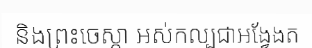
និងព្រះចេស្តា អស់កល្បជាអង្វែងត